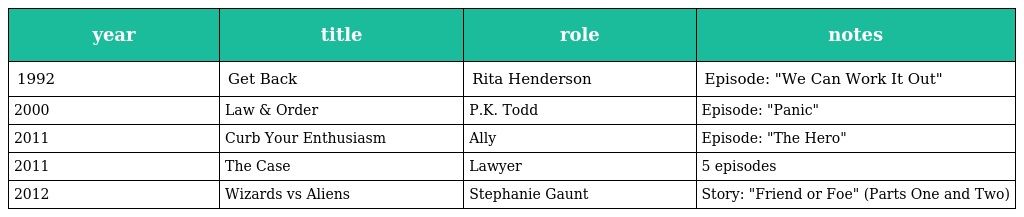
| year | title | role | notes |
 | --- | --- | --- | --- |
 | 1992 | Get Back | Rita Henderson | Episode: "We Can Work It Out" |
 | 2000 | Law & Order | P.K. Todd | Episode: "Panic" |
 | 2011 | Curb Your Enthusiasm | Ally | Episode: "The Hero" |
 | 2011 | The Case | Lawyer | 5 episodes |
 | 2012 | Wizards vs Aliens | Stephanie Gaunt | Story: "Friend or Foe" (Parts One and Two) |